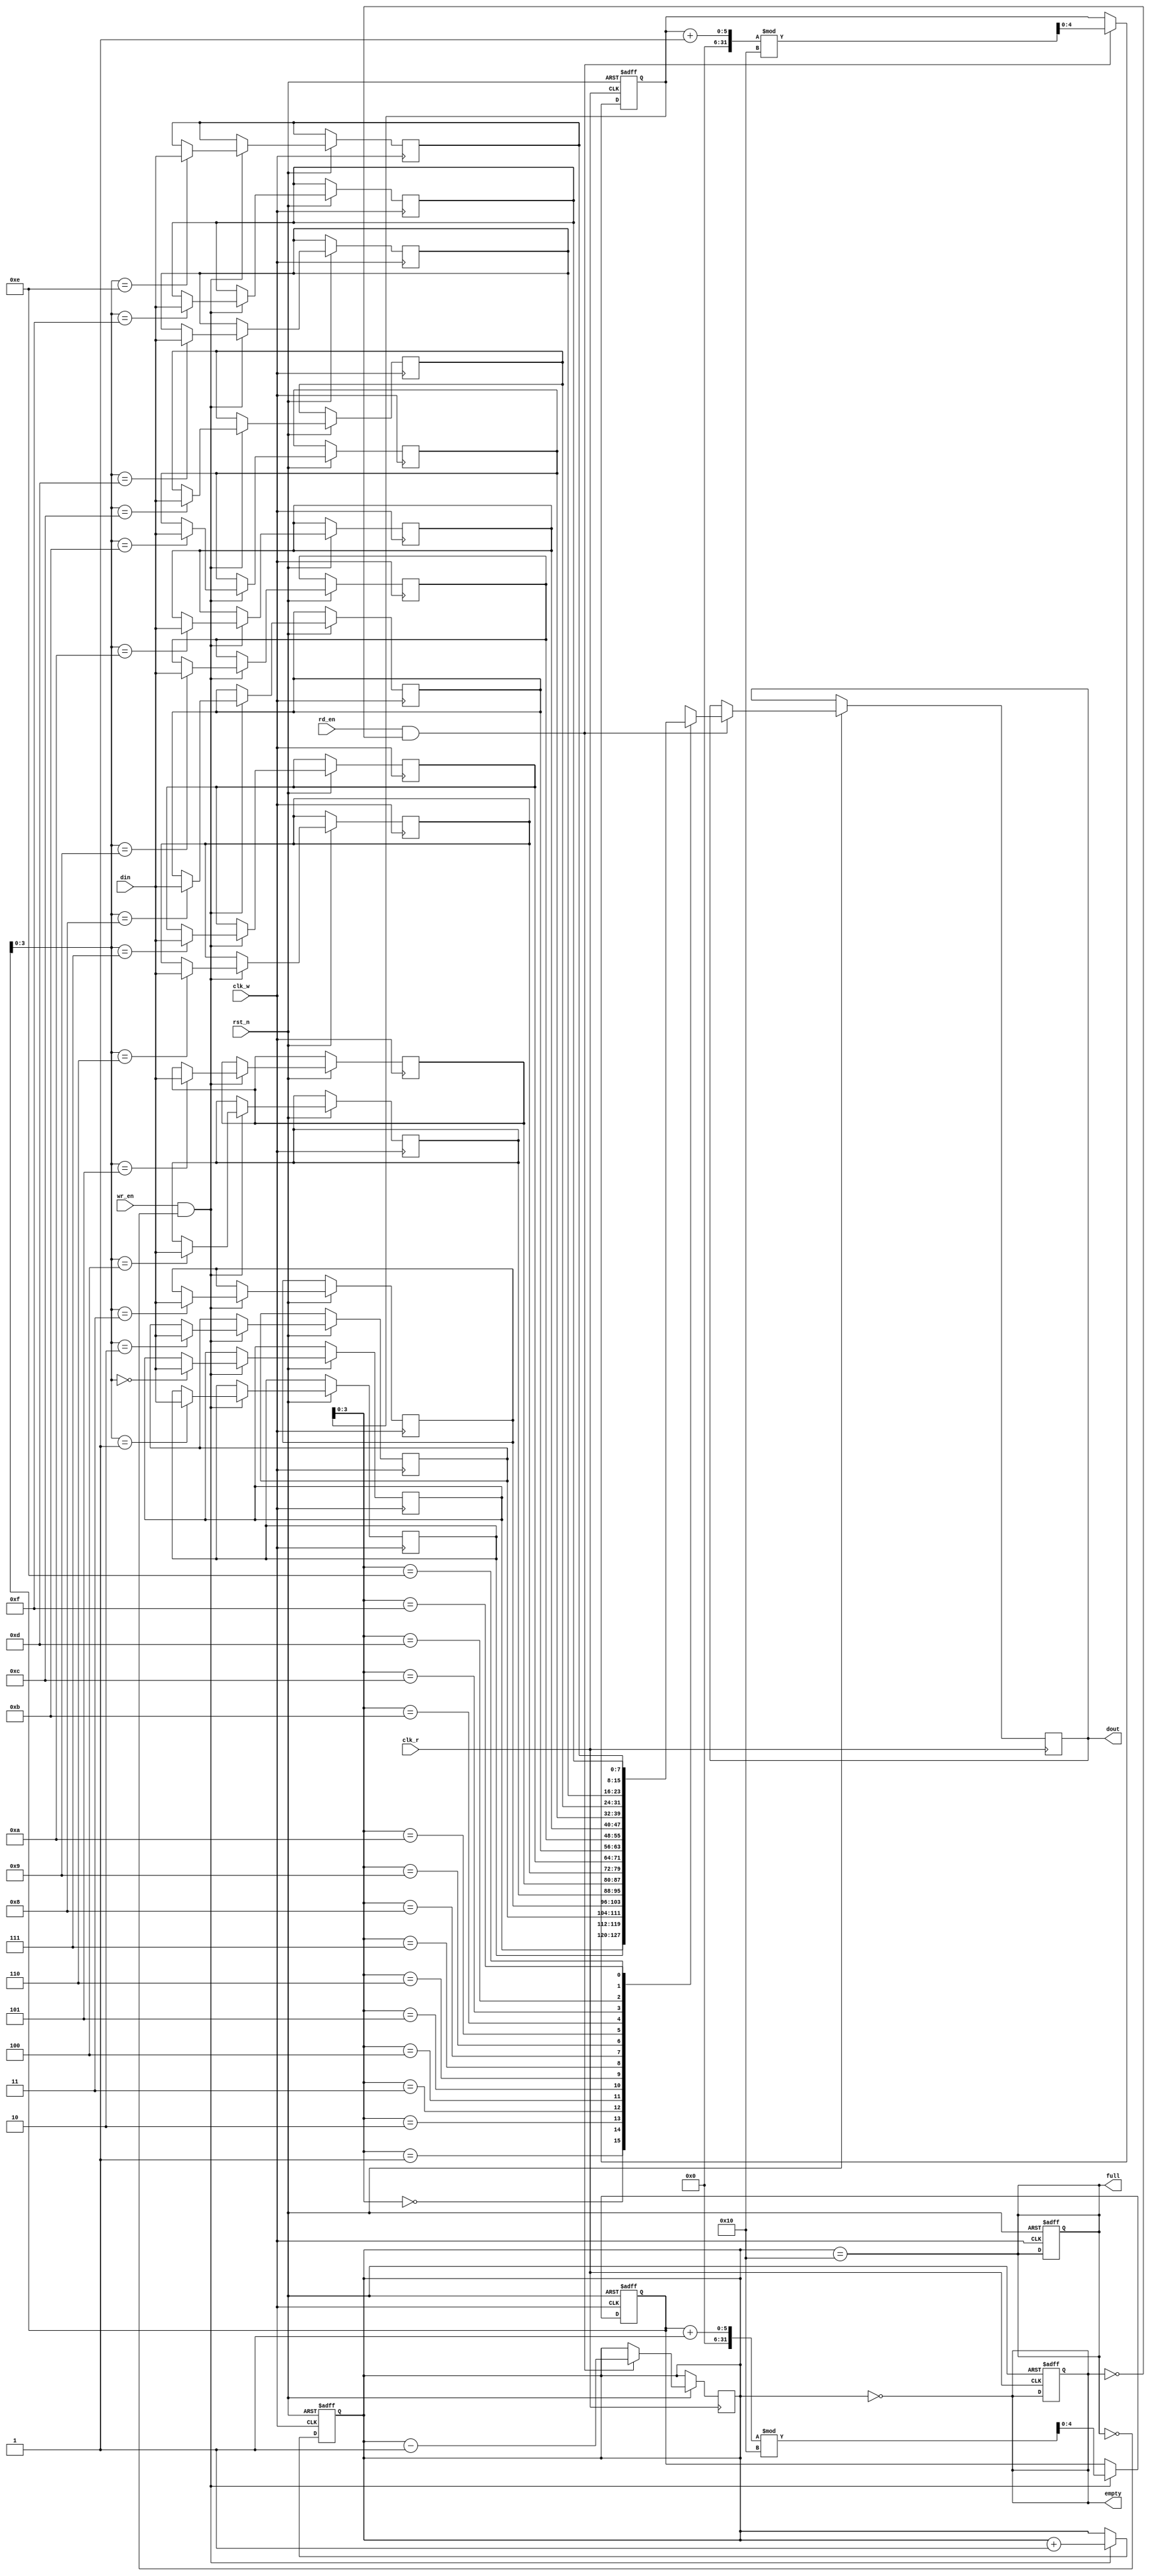
module fifo_sram #(
    parameter DEPTH = 16,  // Number of entries
    parameter WIDTH = 8    // Width of each entry in bits
)(
    input wire clk_w,       // Write clock
    input wire clk_r,       // Read clock
    input wire rst_n,       // Active low reset
    input wire wr_en,       // Write enable
    input wire rd_en,       // Read enable
    input wire [WIDTH-1:0] din, // Data input
    output reg [WIDTH-1:0] dout, // Data output
    output reg full,        // FIFO full flag
    output reg empty        // FIFO empty flag
);

    // Internal declarations
    reg [WIDTH-1:0] mem [0:DEPTH-1]; // Memory array
    reg [4:0] wr_ptr;                 // Write pointer (5 bits for depth of 16)
    reg [4:0] rd_ptr;                 // Read pointer (5 bits for depth of 16)
    reg [4:0] count;                  // Number of items in the FIFO

    // Asynchronous reset
    always @(posedge clk_w or negedge rst_n) begin
        if (!rst_n) begin
            wr_ptr <= 0;
            count <= 0;
            full <= 0;
        end else if (wr_en && !full) begin
            mem[wr_ptr] <= din; // Write data to memory
            wr_ptr <= (wr_ptr + 1) % DEPTH; // Increment write pointer
            count <= count + 1; // Increment count
        end
    end

    // Asynchronous reset for read operations
    always @(posedge clk_r or negedge rst_n) begin
        if (!rst_n) begin
            rd_ptr <= 0;
            empty <= 1;
        end else if (rd_en && !empty) begin
            dout <= mem[rd_ptr]; // Read data from memory
            rd_ptr <= (rd_ptr + 1) % DEPTH; // Increment read pointer
            count <= count - 1; // Decrement count
        end
    end

    // Update full and empty flags
    always @(*) begin
        full = (count == DEPTH);
        empty = (count == 0);
    end

endmodule